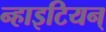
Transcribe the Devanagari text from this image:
न्हाइटियन्